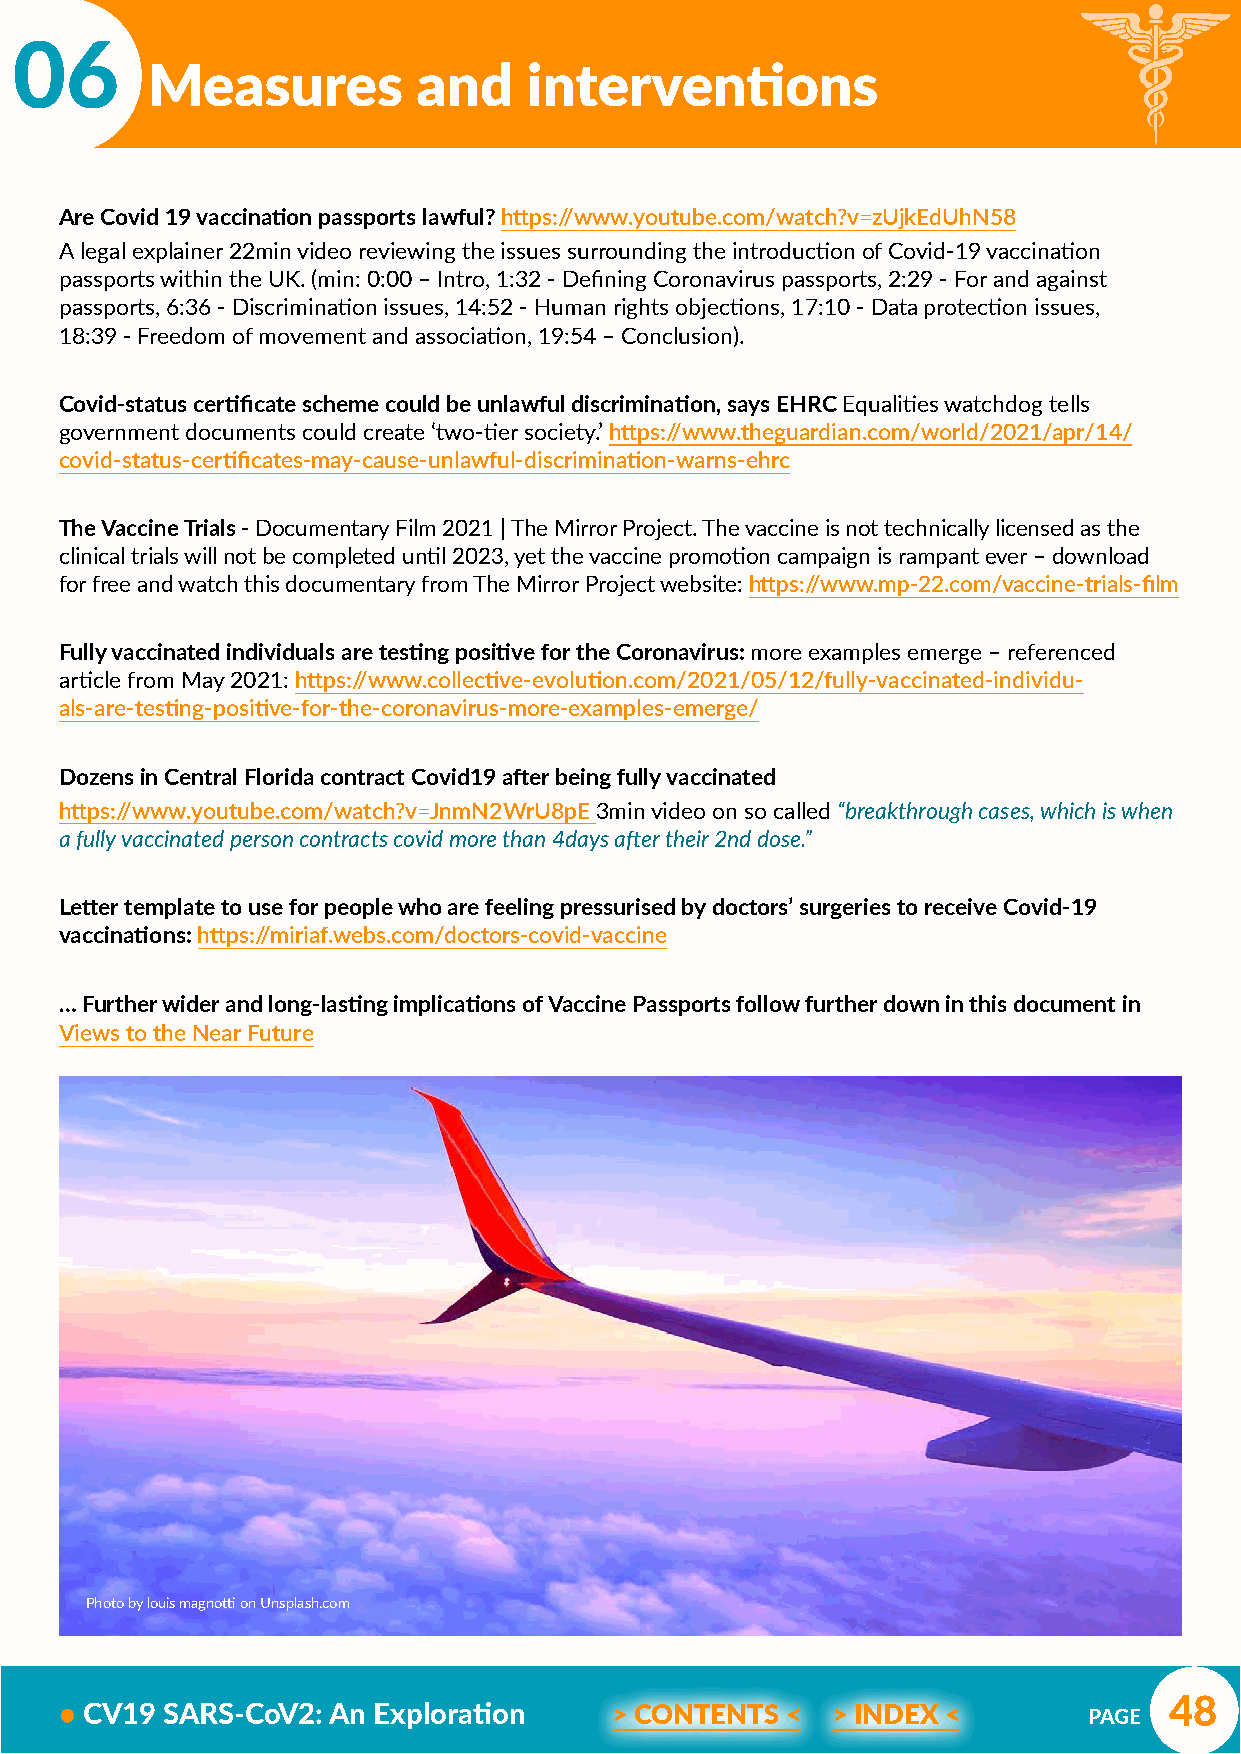
06
 Measures          and    interventions
 Are Covid 19 vaccination passports lawful? https://www.youtube.com/watch?v=zUjkEdUhN58
 A legal explainer 22min video reviewing the issues surrounding the introduction of Covid-19 vaccination
 passports within the UK. (min: 0:00 – Intro, 1:32 - Defining Coronavirus passports, 2:29 - For and against
 passports, 6:36 - Discrimination issues, 14:52 - Human rights objections, 17:10 - Data protection issues,
 18:39 - Freedom of movement and association, 19:54 – Conclusion).
 Covid-status certificate scheme could be unlawful discrimination, says EHRC Equalities watchdog tells
 government documents could create ‘two-tier society.’ https://www.theguardian.com/world/2021/apr/14/
 covid-status-certificates-may-cause-unlawful-discrimination-warns-ehrc
 The Vaccine Trials - Documentary Film 2021 | The Mirror Project. The vaccine is not technically licensed as the
 clinical trials will not be completed until 2023, yet the vaccine promotion campaign is rampant ever – download
 for free and watch this documentary from The Mirror Project website: https://www.mp-22.com/vaccine-trials-film
 Fully vaccinated individuals are testing positive for the Coronavirus: more examples emerge – referenced
 article from May 2021: https://www.collective-evolution.com/2021/05/12/fully-vaccinated-individu-
 als-are-testing-positive-for-the-coronavirus-more-examples-emerge/
 Dozens in Central Florida contract Covid19 after being fully vaccinated
 https://www.youtube.com/watch?v=JnmN2WrU8pE 3min video on so called “breakthrough cases, which is when
 a fully vaccinated person contracts covid more than 4days after their 2nd dose.”
 Letter template to use for people who are feeling pressurised by doctors’ surgeries to receive Covid-19
 vaccinations: https://miriaf.webs.com/doctors-covid-vaccine
 … Further wider and long-lasting implications of Vaccine Passports follow further down in this document in
 Views to the Near Future
 Photo by louis magnotti on Unsplash.com
 48
 • CV19 SARS-CoV2: An Exploration     > CONTENTS <  > INDEX <        PAGE